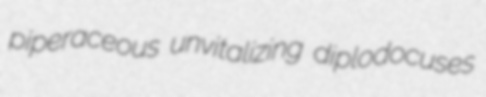
piperaceous unvitalizing diplodocuses